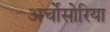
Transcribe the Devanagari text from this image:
अर्चोसोरिया